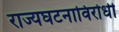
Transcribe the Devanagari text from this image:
राज्यघटनाविरोधी